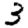
Digit: 3